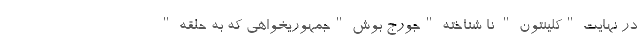
در نهایت "کلینتون " نا شناخته "جورج بوش "جمهوریخواهی که به حلقه "